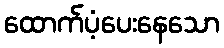
ထောက်ပံ့ပေးနေသော